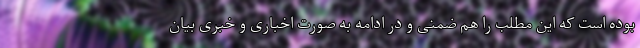
بوده است که این مطلب را هم ضمنی و در ادامه به صورت اخباری و خبری بیان